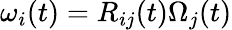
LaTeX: \omega_{i}(t)=R_{ij}(t)\Omega_{j}(t)